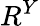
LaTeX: R^{Y}